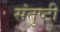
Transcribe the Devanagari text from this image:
संतुष्टी